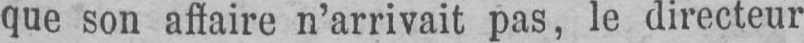
que son affaire n’arrivait pas, le directeur